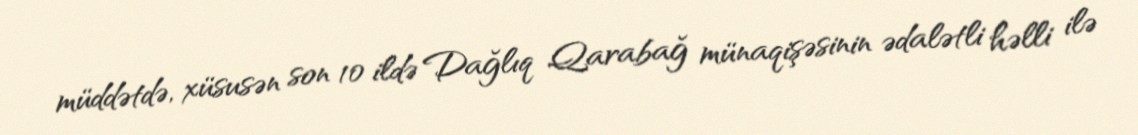
müddətdə, xüsusən son 10 ildə Dağlıq Qarabağ münaqişəsinin ədalətli həlli ilə